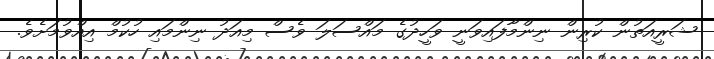
ޝަރީއަތުން ކުރިން ނިންމާފައިވަނީ ވަހީދުގެ މައްސަލަ ވެސް މިއަދު ނިންމައި ހުކުމް އިއްވުމަށެވެ.